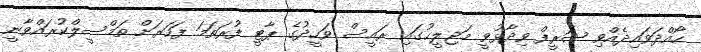
ހޯއްދަވައިދެއްވި ޝަރީފް ވިދާޅުވީ މަޖިލީހުގައި ރައީސް ވަހީދުގެ ޕާޓީ ފުރަތަމަ ފަހަރަށް ތަމްސީލްކުރައްވާނީ